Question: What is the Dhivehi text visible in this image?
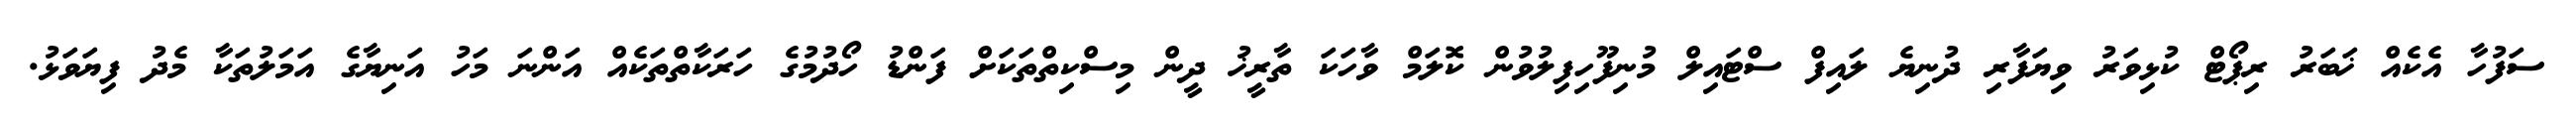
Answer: ސަފުހާ އެކެއް ޚަބަރު ރިޕޯޓް ކުޅިވަރު ވިޔަފާރި ދުނިޔެ ލައިފް ސްޓައިލް މުނިފޫހިފިލުވުން ކޮލަމް ވާހަކަ ތާރީޚު ދީން މިސްކިތްތަކަށް ފަންޑު ހޯދުމުގެ ހަރަކާތްތަކެއް އަންނަ މަހު އަނިޔާގެ އަމަލުތަކާ މެދު ފިޔަވަޅު.